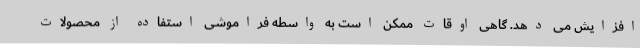
افزایش می دهد. گاهی اوقات ممکن است به واسطه فراموشی استفاده از محصولات